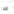
جدا